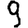
Digit: 9